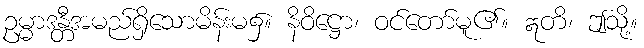
ဥမ္မာဒန္တီအမည်ရှိသောမိန်းမ၌။ နိဝိဋ္ဌော၊ ဝင်တော်မူ၏။ ဣတိ၊ ဤသို့။